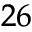
^ { 2 6 }